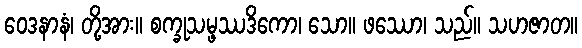
ဝေဒနာနံ၊ တို့အား။ စက္ခုသမ္ဖဿဒိကော၊ သော။ ဖဿော၊ သည်။ သဟဇာတ။